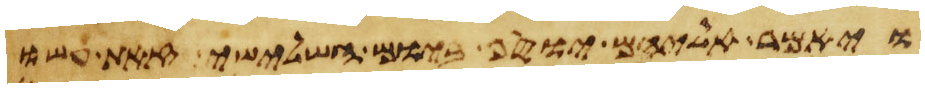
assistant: ויאמר אליהם יוסף ביום השלישי זאת עשו